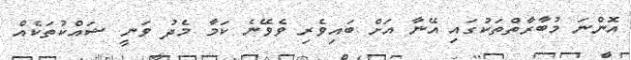
އޮންނަ މުބާރާތްތަކުގައި އޭނާ އަށް ބައިވެރި ވެވޭނެ ކަމާ މެދު ވަނީ ޝައްކުތަކެއް